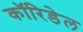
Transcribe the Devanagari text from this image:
कॉरिडेल